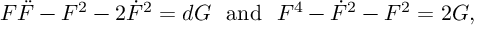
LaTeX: F \ddot { F } - F ^ { 2 } - 2 \dot { F } ^ { 2 } = d { \cal G } ~ ~ \mathrm { a n d } ~ ~ F ^ { 4 } - \dot { F } ^ { 2 } - F ^ { 2 } = 2 { \cal G } ,